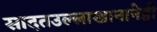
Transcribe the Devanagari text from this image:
सादतउल्लाखानानेही